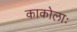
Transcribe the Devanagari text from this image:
काकोलाः